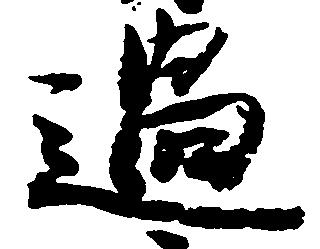
過